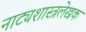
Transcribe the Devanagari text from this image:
नाट्यशास्त्रलेखक